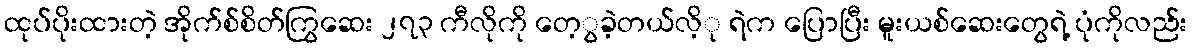
ထုပ်ပိုးထားတဲ့ အိုက်စ်စိတ်ကြွဆေး ၂၇၃ ကီလိုကို တေ့ွခဲ့တယ်လိ့ု ရဲက ပြောပြီး မူးယစ်ဆေးတွေရဲ့ ပုံကိုလည်း